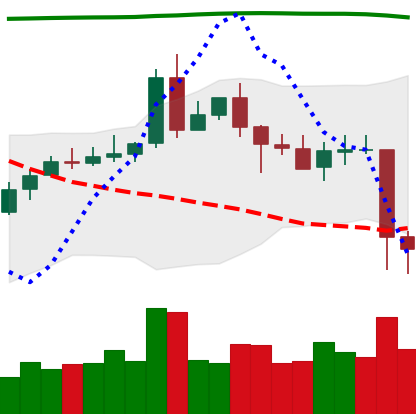
Ticker: EOS-USD
Chart end date: 2020-05-11
Forward return: 9.013%
Label: up_7plus